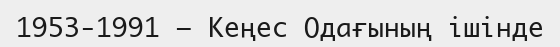
1953-1991 – Кеңес Одағының ішінде